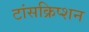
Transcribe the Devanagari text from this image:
टांसक्रिप्शन